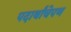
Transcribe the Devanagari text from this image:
पदार्थांचेपण